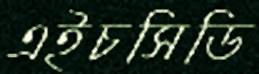
এইচসিডি